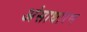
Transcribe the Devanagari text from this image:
अंसाधारण